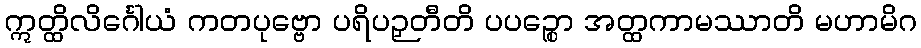
ဣတ္ထိလိင်္ဂေါယံ ကတပုဗ္ဗော ပရိပဉှတီတိ ပပဉ္စော အတ္ထကာမဿာတိ မဟာမိဂ